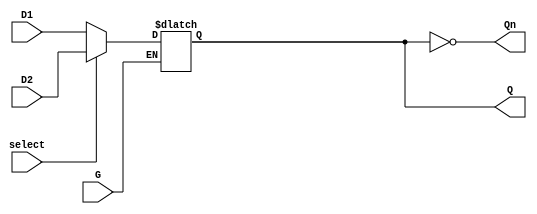
module dual_input_gated_latch (
    input wire D1,         // First Data Input
    input wire D2,         // Second Data Input
    input wire G,          // Gate Control Signal
    input wire select,     // Select signal to choose between D1 and D2
    output reg Q,          // Latch Output
    output wire Qn         // Inverted Latch Output
);

    // Invert the output Q to get Qn
    assign Qn = ~Q;

    // Always block that triggers on changes to the inputs
    always @(*) begin
        if (G) begin
            if (select) begin
                Q = D2;   // If G is high and select is high, output D2
            end else begin
                Q = D1;   // If G is high and select is low, output D1
            end
        end
        // If G is low, Q retains its previous state
    end

endmodule